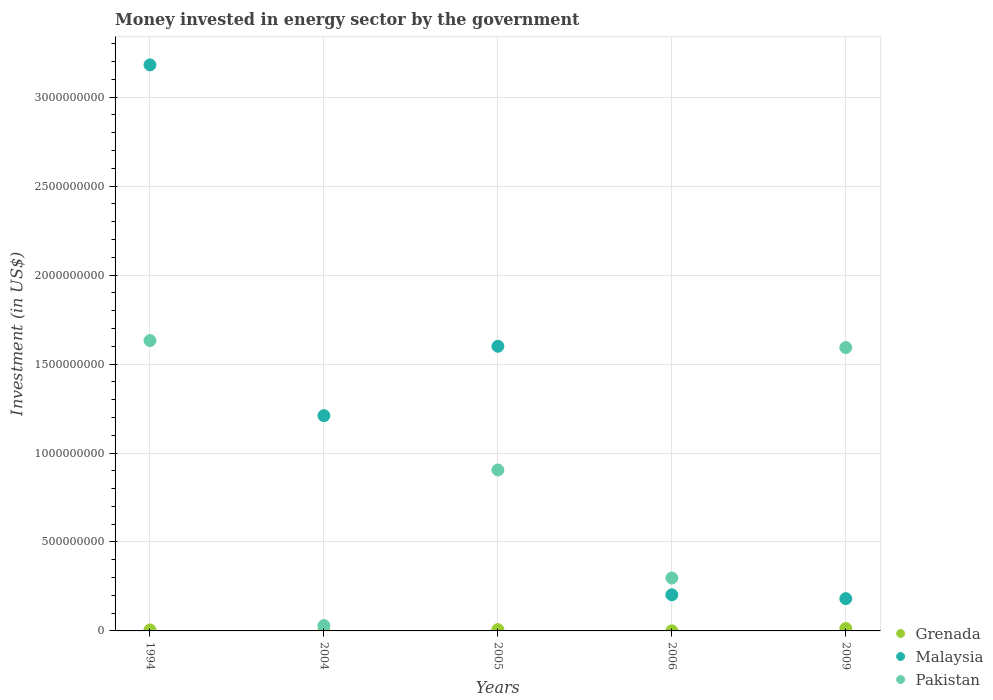
| Years | Grenada | Malaysia | Pakistan |
 | --- | --- | --- | --- |
 | 1994 | 5.6e+06 | 3.18e+09 | 1.63e+09 |
 | 2004 | 1.5e+06 | 1.21e+09 | 2.98e+07 |
 | 2005 | 7.5e+06 | 1.6e+09 | 9.05e+08 |
 | 2006 | 5e+05 | 2.03e+08 | 2.98e+08 |
 | 2009 | 1.36e+07 | 1.82e+08 | 1.59e+09 |